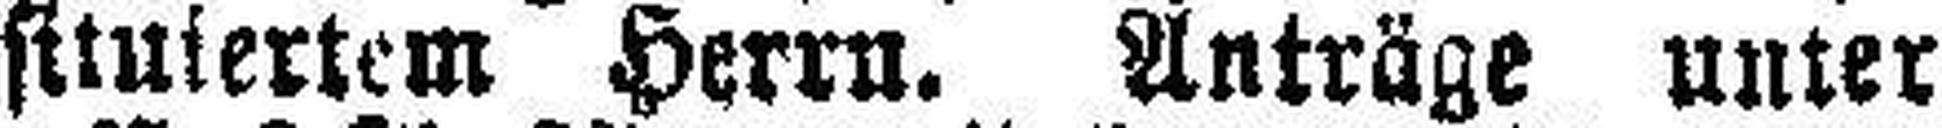
situiertem Herrn. Anträge unter